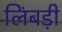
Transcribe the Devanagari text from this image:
लिंबड़ी